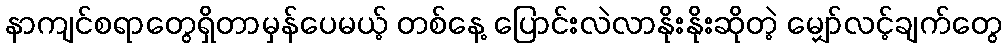
နာကျင်စရာတွေရှိတာမှန်ပေမယ့် တစ်နေ့ ပြောင်းလဲလာနိုးနိုးဆိုတဲ့ မျှော်လင့်ချက်တွေ